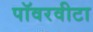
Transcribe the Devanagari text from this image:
पॉवरवीटा